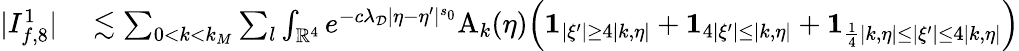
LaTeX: \begin{array}{rl}{|I_{f,8}^{1}|}&{{}\lesssim\sum_{0<k<k_{M}}\sum_{l}\int_{\mathbb{R}^{4}}e^{-c\lambda_{\mathcal{D}}|\eta-\eta^{\prime}|^{s_{0}}}\mathrm{A}_{k}(\eta)\Big(\mathbf{1}_{|\xi^{\prime}|\geq 4|k,\eta|}+\mathbf{1}_{4|\xi^{\prime}|\leq|k,\eta|}+\mathbf{1}_{\frac 14|k,\eta|\leq|\xi^{\prime}|\leq 4|k,\eta|}\Big)}\end{array}